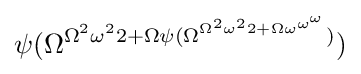
\psi (\Omega ^{\Omega ^{2}\omega ^{2}2+\Omega \psi (\Omega ^{\Omega ^{2}\omega ^{2}2+\Omega \omega ^{\omega ^{\omega }}})})